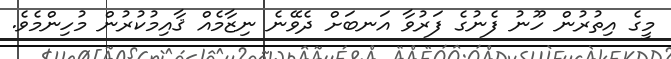
މީގެ އިތުރުން ހޫނު ފެނުގެ ފަރުވާ އަނބަށް ދެވޭނެ ނިޒާމެއް ޤާއިމުކުރުން މުހިންމެވެ.